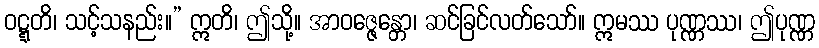
ဝဋ္ဋတိ၊ သင့်သနည်း။” ဣတိ၊ ဤသို့။ အာဝဇ္ဇေန္တော၊ ဆင်ခြင်လတ်သော်။ ဣမဿ ပုဏ္ဏဿ၊ ဤပုဏ္ဏ